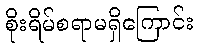
စိုးရိမ်စရာမရှိကြောင်း